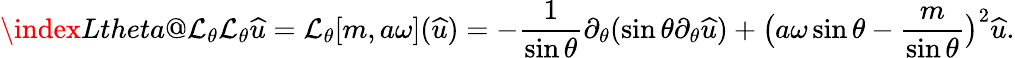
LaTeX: \index{Ltheta@\mathcal{L}_{\theta}}\mathcal{L}_{\theta}{\widehat{u}}=\mathcal{L}_{\theta}[m,a\omega]({\widehat{u}})=-\frac{1}{\sin\theta}\partial_{\theta}(\sin\theta\partial_{\theta}{\widehat{u}})+\big(a\omega\sin\theta-\frac{m}{\sin\theta}\big)^{2}{\widehat{u}}.